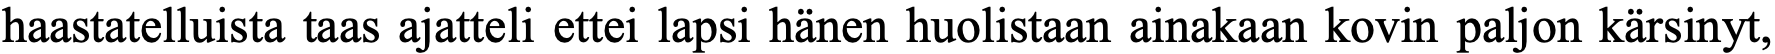
haastatelluista taas ajatteli ettei lapsi hänen huolistaan ainakaan kovin paljon kärsinyt,